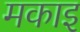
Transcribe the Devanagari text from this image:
मकाइ